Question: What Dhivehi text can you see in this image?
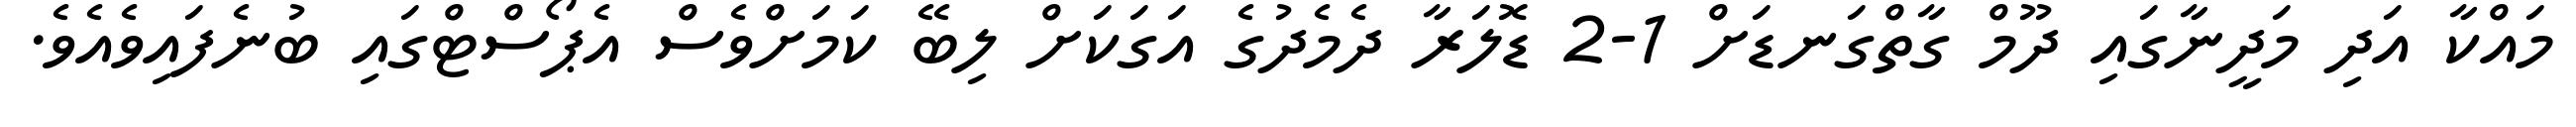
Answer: މައްކާ އަދި މަދީނާގައި ދޫމް ގާތްގަނޑަށް 1-2 ޑޮލަރާ ދެމެދުގެ އަގަކަށް ލިބޭ ކަމަށްވެސް އެޕޯސްޓްގައި ބުނެފައިވެއެވެ.